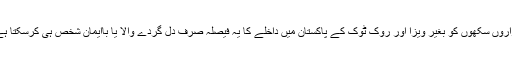
ہزاروں سکھوں کو بغیر ویزا اور روک ٹوک کے پاکستان میں داخلے کا یہ فیصلہ صرف دل گردے والا یا باایمان شخص ہی کرسکتا ہے۔